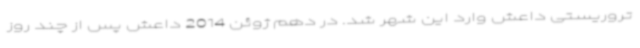
تروریستی داعش وارد این شهر شد. در دهم ژوئن 2014 داعش پس از چند روز